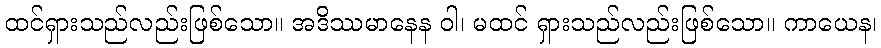
ထင်ရှားသည်လည်းဖြစ်သော။ အဒိဿမာနေန ဝါ၊ မထင် ရှားသည်လည်းဖြစ်သော။ ကာယေန၊